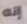
إنه